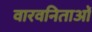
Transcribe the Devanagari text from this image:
वारवनिताओं